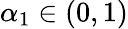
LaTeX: \alpha_{1}\in(0,1)